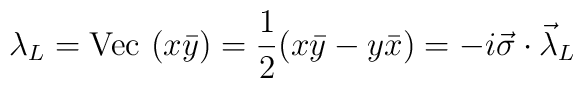
\lambda_{L}= {\rm Vec}~(x \bar{y}) = \frac{1}{2}(x \bar{y}-y \bar{x}) = -i\vec{\sigma}\cdot\vec{\lambda}_{L}